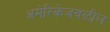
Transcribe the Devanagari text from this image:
अमेरिकेजवळील